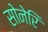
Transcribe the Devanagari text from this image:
सोनेरि